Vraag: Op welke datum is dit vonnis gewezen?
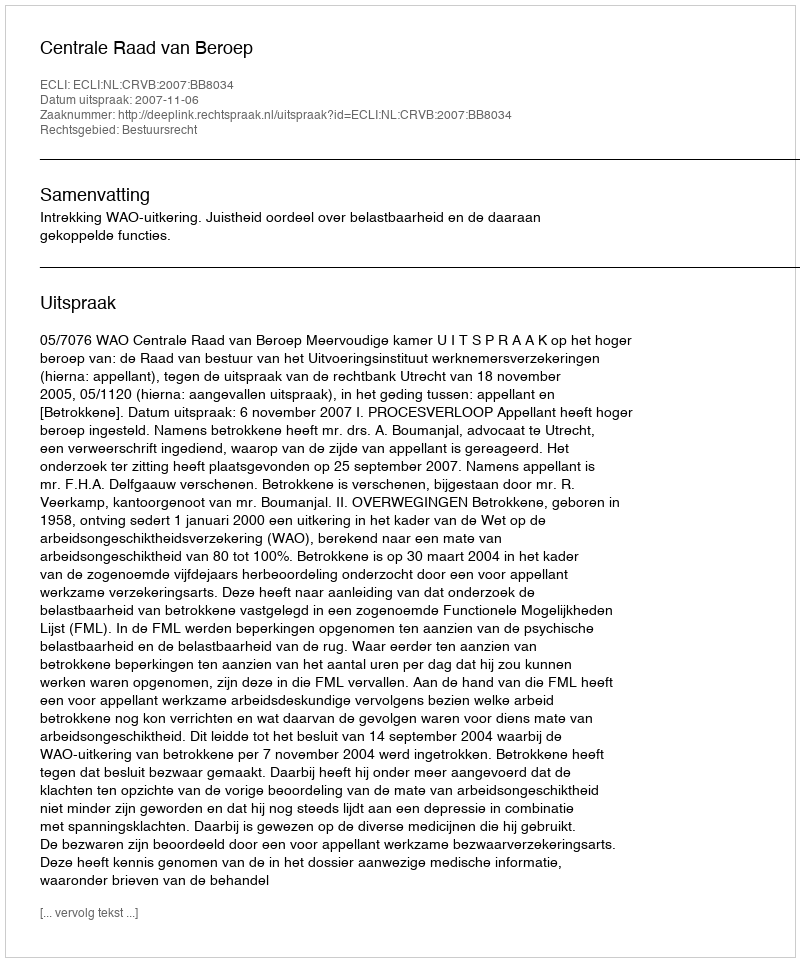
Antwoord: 2007-11-06